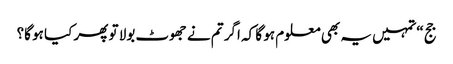
جج “تمہیں یہ بھی معلوم ہو گا کہ اگر تم نے جھوٹ بولا تو پھر کیا ہو گا؟